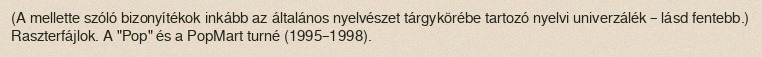
(A mellette szóló bizonyítékok inkább az általános nyelvészet tárgykörébe tartozó nyelvi univerzálék – lásd fentebb.) Raszterfájlok. A "Pop" és a PopMart turné (1995–1998).